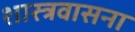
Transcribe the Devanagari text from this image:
शास्त्रवासना